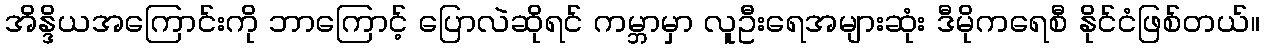
အိန္ဒိယအကြောင်းကို ဘာကြောင့် ပြောလဲဆိုရင် ကမ္ဘာမှာ လူဦးရေအများဆုံး ဒီမိုကရေစီ နိုင်ငံဖြစ်တယ်။